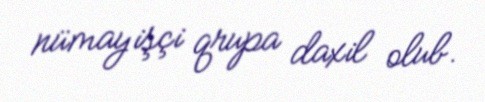
nümayişçi qrupa daxil olub.